Annual report on the mental hospital in the Central Provinces and Berar (Nagpur) - 1927-1951
Year: 1927
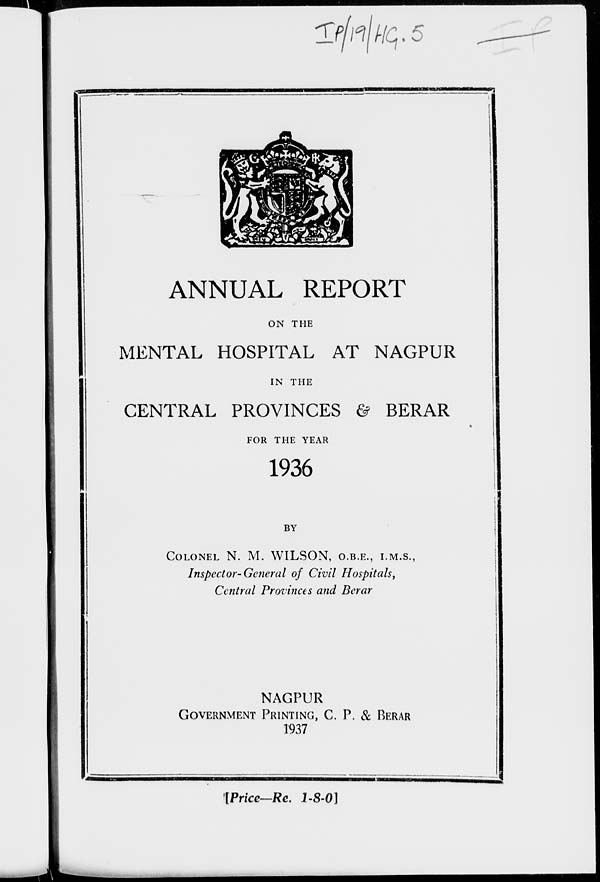
ANNUAL REPORT
ON THE
MENTAL HOSPITAL AT NAGPUR
IN THE
CENTRAL PROVINCES & BERAR
FOR THE YEAR
1936
BY
COLONEL N. M. WILSON, O.B.E., I.M.S.,
Inspector-General of Civil Hospitals,
Central Provinces and Berar
NAGPUR
GOVERNMENT PRINTING, C. P. & BERAR
1937
[Price—Re. 1-8-0]